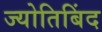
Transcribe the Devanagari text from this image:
ज्योतिबिंद